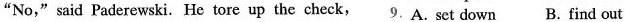
"No," said Paderewski.He tore up the check,9.A.set down B. find out